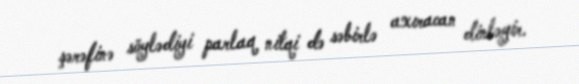
şərəfinə söylədiyi parlaq nitqi də səbirlə axıracan dinləyir.